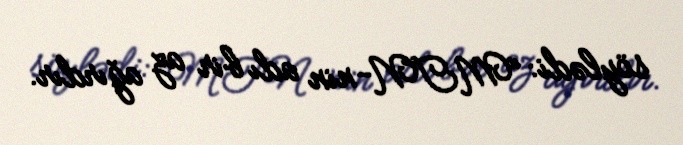
söylədi: “MTN-nin adı bir az ağırdır.